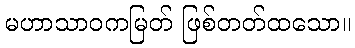
မဟာသာဝကမြတ် ဖြစ်တတ်ထသော။